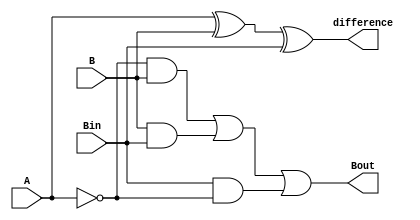



module FullSubtracter (
    output difference, Bout,
    input A, B, Bin
); 

    assign difference =  A ^ B ^ Bin;
    assign Bout = ((~A) && B) | (B && Bin) | (Bin && (~A));

endmodule